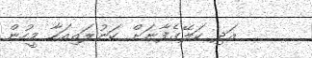
އަދި ކަލޭގެފާނަށް ކަނުލައިއަހާ މީހުން